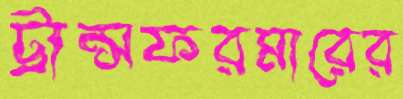
ট্রান্সফরমারের